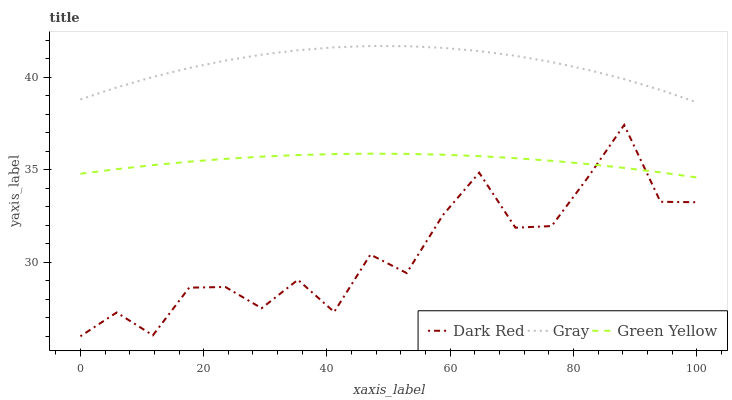
| xaxis_label | Dark Red | Gray | Green Yellow |
 | --- | --- | --- | --- |
 | 0 | 26 | 38.8 | 34.8 |
 | 5.88 | 27.3 | 39.5 | 35 |
 | 11.8 | 26.1 | 40 | 35.3 |
 | 17.6 | 28.6 | 40.5 | 35.4 |
 | 23.5 | 28.7 | 40.9 | 35.6 |
 | 29.4 | 27.5 | 41.2 | 35.7 |
 | 35.3 | 29.1 | 41.5 | 35.8 |
 | 41.2 | 27.3 | 41.6 | 35.9 |
 | 47.1 | 30.4 | 41.7 | 35.9 |
 | 52.9 | 29.4 | 41.7 | 35.9 |
 | 58.8 | 32.6 | 41.6 | 35.8 |
 | 64.7 | 34.8 | 41.4 | 35.7 |
 | 70.6 | 31.9 | 41.2 | 35.6 |
 | 76.5 | 32 | 40.8 | 35.5 |
 | 82.4 | 34.6 | 40.4 | 35.3 |
 | 88.2 | 37.4 | 39.9 | 35.1 |
 | 94.1 | 33.3 | 39.3 | 34.9 |
 | 100 | 33.2 | 38.7 | 34.6 |